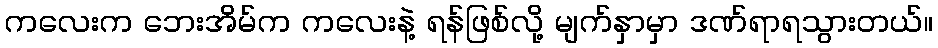
ကလေးက ဘေးအိမ်က ကလေးနဲ့ ရန်ဖြစ်လို့ မျက်နှာမှာ ဒဏ်ရာရသွားတယ်။